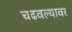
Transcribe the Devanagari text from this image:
चढवल्यावर